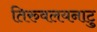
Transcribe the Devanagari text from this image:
तिरुवलयनाटु